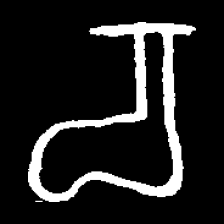
Pyu character \u2014 Myanmar letter: စ (romanized: ca)